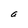
Character: a